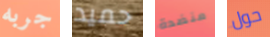
جربه حميد منضدة حول